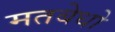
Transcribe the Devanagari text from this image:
मतबेधो